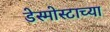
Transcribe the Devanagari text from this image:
डेस्मोस्टाच्या